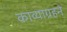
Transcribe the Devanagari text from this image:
काव्याग्रहने